Lunatic asylums United Provinces 1909-1921 - 1909-1921
Year: 1909
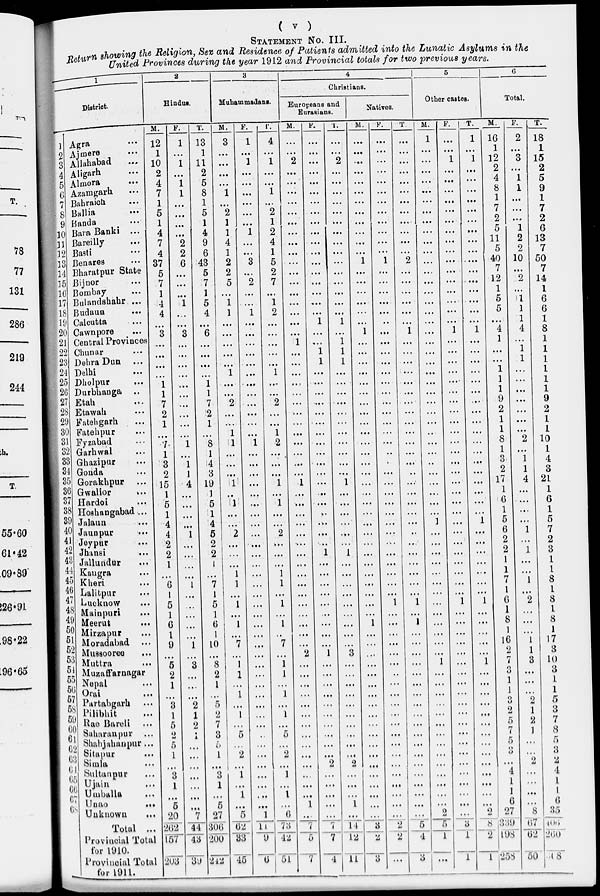
( v )
STATEMENT
No. III.
Return showing the Religion, Sex and Residence of Patients admitted into the Lunatic Asylums in the
United Provinces during the year 1912 and Provincial totals for two previous years.
1
District.
1
2
3
4
5
6
7
8
9
10
11
12
13
14
15
16
17
18
19
20
21
22
23
24
25
26
27
28
29
30
31
32
33
34
35
36
37
38
39
40
41
42
43
44
45
46
47
48
49
50
51
52
53
54
55
56
57
58
59
60
61
62
63
64
65
66
67
68
Agra ...
Ajmere ...
Allahabad ...
Aligarh ...
Almora ...
Azamgarh ...
Bahraicti ...
Ballia ...
Banda ...
Bara Banki
...
Bareilly ...
Basti ...
Benares ...
Bharatpur State ...
Bijnor ...
Bombay ...
Bulandshahr ...
Budaun ...
Calcutta ...
Cawnpore
...
Central Provinces
Chunar ...
Dehra Dun ...
Delhi ...
Dholpur
...
Durbhanga ...
Etah ...
Etawah ...
Fatehgarh ...
Fatehpur ...
Fyzabad ...
Garhwal ...
Ghazipur ...
Gonda
...
Gorakhpur ...
Gwalior
...
Hardoi
...
Hoshangabad ...
Jalaun ...
Jaunpur ...
Jeypur ...
Jhansi ...
Jallundur ...
Kangra ...
Kheri ...
Lalitpur ...
Lucknow ...
Mainpuri ...
Meerut
...
Mirzapur ...
Moradabad ...
Mussooree ...
Muttra
...
Muzaffarnagar
Nepal ...
Orai
...
Partabgarh ...
Pilibhit ...
Rae Bareli ...
Saharanpur ...
Shahjahanpur ...
Sitapur ...
Simla ...
Sultanpur ...
Ujain ...
Umballa ...
Unao ...
Unknown
...
Total ...
Provincial Total
for 1910.
Provincial Total
for 1911.
2
Hindus.
M.
12
1
10
2
4
7
1
5
1
4
7
4
37
5
7
1
4
4
...
3
...
...
...
...
1
1
7
2
1
...
7
1
3
2
15
1
5
1
4
4
2
2
1
...
6
1
5
1
6
1
9
...
5
2
1
...
3
1
5
2
5
1
...
3
1
...
5
20
262
157
203
F.
1
...
1
...
1
1
...
...
...
...
2
2
6
...
...
...
1
...
...
3
...
...
...
...
...
...
...
...
...
...
1
...
1
1
4
...
...
...
...
1
...
...
...
...
1
...
...
...
...
...
1
...
3
...
...
...
2
1
2
1
...
...
...
...
...
...
...
7
44
43
39
T.
13
1
11
2
5
8
1
5
1
4
9
6
43
5
7
1
5
4
...
6
...
...
...
...
1
1
7
2
1
...
8
1
4
3
19
1
5
1
4
5
2
2
1
...
7
1
5
1
6
1
10
...
8
2
1
...
5
2
7
3
5
1
...
3
1
...
5
27
306
200
242
3
Muhammadans.
M.
3
...
...
...
...
1
...
2
1
1
4
1
2
2
5
...
1
1
...
...
...
...
...
1
...
...
2
...
...
1
1
...
...
...
1
...
1
...
...
2
...
...
...
1
1
...
1
...
1
...
7
...
1
1
...
1
...
l
5
...
2
...
1
...
1
...
5
62
33
45
F.
1
...
1
...
...
...
...
...
...
1
...
...
3
...
2
...
...
1
...
...
...
...
...
...
...
...
...
...
...
...
1
...
...
...
...
...
...
...
...
...
...
...
...
...
...
...
...
...
...
...
...
...
...
...
...
...
...
...
...
...
...
...
...
...
...
...
...
1
11
9
6
T.
4
...
1
...
...
1
...
2
1
2
4
1
5
2
7
...
1
2
...
...
...
...
...
1
...
...
2
...
...
1
2
...
...
...
1
...
1
...
...
2
...
...
...
1
1
...
1
...
1
...
7
...
1
1
...
1
...
1
5
...
2
...
1
...
1
...
6
73
42
51
4
Christians.
Europeans and
Eurasians.
M.
...
...
2
...
...
...
...
...
...
...
...
...
...
...
...
...
...
...
...
...
1
...
...
...
...
...
...
...
...
...
...
...
...
...
1
...
...
...
...
...
...
...
...
...
...
...
...
...
...
...
...
2
...
...
...
...
...
...
...
...
...
...
...
...
...
1
...
7
5
7
F.
...
...
...
...
...
...
...
...
...
...
...
...
...
...
...
...
...
...
1
...
...
1
1
...
...
...
...
...
...
...
...
...
...
...
...
...
...
...
...
...
..
1
...
...
...
...
...
...
...
...
...
1
...
...
...
...
...
...
...
...
...
...
2
...
...
...
...
...
7
7
4
T.
...
...
2
...
...
...
...
...
...
...
...
...
...
...
...
...
...
...
1
...
1
1
1
...
...
...
...
...
...
...
...
...
...
...
1
...
...
...
...
...
...
1
...
...
...
...
...
...
...
...
...
3
...
...
...
...
...
...
...
...
...
...
2
...
...
...
1
...
14
12
11
Natives.
M.
...
...
...
...
...
...
...
...
...
...
...
...
1
...
...
...
...
...
...
1
...
...
...
...
...
...
...
...
...
...
...
...
...
...
...
...
...
...
...
...
...
...
...
...
...
...
...
...
1
...
...
...
...
...
...
...
...
...
...
...
...
...
...
...
...
...
...
...
3
2
3
F.
...
...
...
...
...
...
...
...
...
...
...
...
1
...
...
...
...
...
...
...
...
...
...
...
...
...
...
...
...
...
...
...
...
...
...
...
...
...
...
...
...
...
...
...
...
...
1
...
...
...
...
...
...
...
...
...
...
...
...
...
...
...
...
...
...
...
...
...
2
2
...
T.
...
...
...
...
...
...
...
...
...
...
...
...
2
...
...
...
...
...
...
1
...
...
...
...
...
...
...
...
...
...
...
...
...
...
...
...
...
...
...
...
...
...
...
...
...
...
1
...
1
...
...
...
...
...
...
...
...
...
...
...
...
...
...
...
...
...
...
...
5
4
3
5
Other castes.
M.
1
...
...
...
...
...
...
...
...
...
...
...
...
...
...
...
...
...
...
...
...
...
...
...
...
...
...
...
...
...
...
...
...
...
...
...
...
...
1
...
...
...
...
...
...
...
...
...
...
...
...
1
...
...
...
...
...
...
...
...
...
...
...
...
...
...
2
5
1
...
F.
...
...
1
...
...
...
...
...
...
...
...
...
...
...
...
...
...
...
...
1
...
...
...
...
...
...
...
...
...
...
...
...
...
...
...
...
...
...
...
...
...
...
...
...
...
...
1
...
...
...
...
...
...
...
...
...
...
...
...
...
...
...
...
...
...
...
...
...
3
1
1
T.
1
...
1
...
...
...
...
...
...
...
...
...
...
...
...
...
...
...
...
1
...
...
...
...
...
...
...
...
...
...
...
...
...
...
...
...
...
...
1
...
...
...
...
...
...
...
1
...
...
...
...
...
1
...
...
...
...
...
...
...
...
...
...
...
...
...
...
2
8
2
1
6
Total.
M.
16
1
12
2
4
8
1
7
2
5
11
5
40
7
12
1
5
5
...
4
1
...
...
1
1
1
9
2
1
1
8
1
3
2
17
1
6
1
5
6
2
2
1
1
7
1
6
1
8
1
16
2
7
3
1
1
3
2
5
7
5
3
...
4
1
1
6
27
339
198
258
F.
2
...
3
...
1
1
...
...
...
1
2
2
10
...
2
...
1
1
1
4
...
1
1
...
...
...
...
...
...
...
2
...
1
1
4
...
...
...
...
1
...
1
...
...
1
...
2
...
...
...
1
1
3
...
...
...
2
1
2
1
...
...
2
...
...
...
...
8
67
62
50
T.
18
1
15
2
5
9
1
7
2
6
13
7
50
7
14
1
6
6
1
8
1
1
1
1
1
1
9
2
1
1
10
1
4
3
21
1
6
1
5
7
2
3
1
1
8
1
8
1
8
1
17
3
10
3
1
1
5
3
7
8
5
3
2
4
1
1
6
35
166
260
308